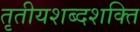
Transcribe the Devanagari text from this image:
तृतीयशब्दशक्ति